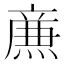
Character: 𤎉